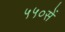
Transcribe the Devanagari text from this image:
५५०सें